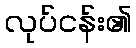
လုပ်ငန်း၏